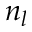
n _ { l }